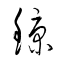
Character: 鯨